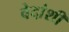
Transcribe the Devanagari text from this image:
वेदांशीं